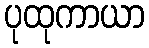
ပုထုကာယာ